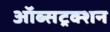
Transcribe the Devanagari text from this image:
ऑब्सट्रक्शन